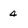
Character: 4